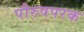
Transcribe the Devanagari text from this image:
पौरुषपरक